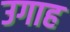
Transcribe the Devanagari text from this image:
उगाह